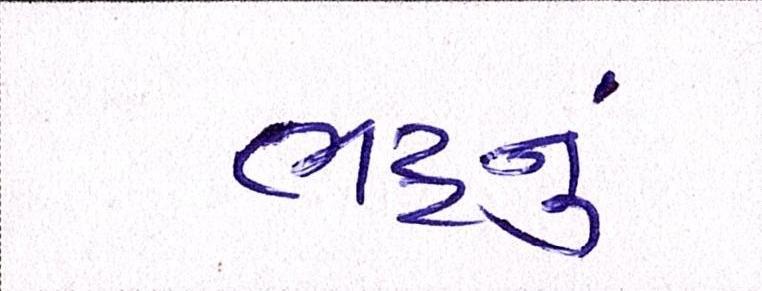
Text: ભટ્ટનું